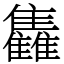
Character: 雥